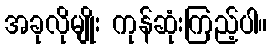
အခုလိုမျိုး ကုန်ဆုံးကြည့်ပါ။